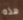
هذه